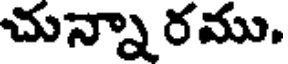
చున్నా రము.